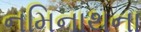
નમિનાથના